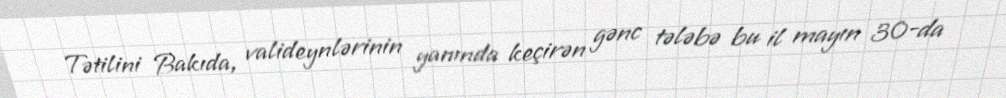
Tətilini Bakıda, valideynlərinin yanında keçirən gənc tələbə bu il mayın 30-da